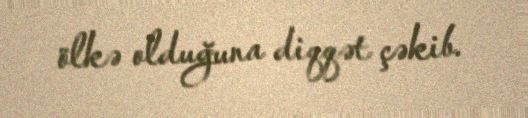
ölkə olduğuna diqqət çəkib.